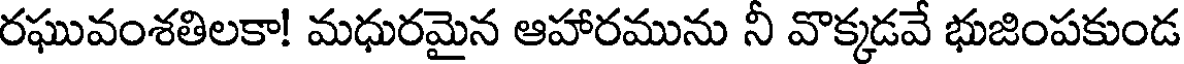
రఘువంశతిలకా! మధురమైన ఆహారమును నీ వొక్కడవే భుజింపకుండ